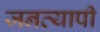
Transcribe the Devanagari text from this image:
जनव्यापी